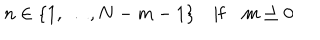
n \in \lbrace 1 , \ldots , N - m - 1 \rbrace \quad \textrm { i f } \quad m \geq 0